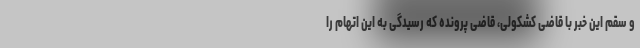
و سقم این خبر با قاضی کشکولی، قاضی پرونده که رسیدگی به این اتهام را